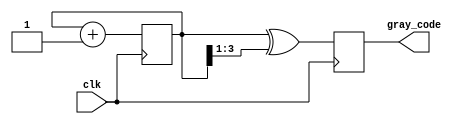
module GrayCounter (
    input wire clk,
    output reg [3:0] gray_code
);

reg [3:0] internal_state;

always @(posedge clk) begin
    internal_state <= internal_state + 1;
    gray_code <= internal_state ^ (internal_state >> 1);
end

endmodule